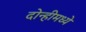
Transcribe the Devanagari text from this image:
दोन्हीमध्ये